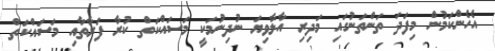
އެހެންކަމުން މިފަދަ ތަންތަނުގައި މަދިރި އާލާވިޔަ ނުދިނުމަކީ މަސައްކަތް ކުރާ ފަރާތާއި މަސައްކަތް